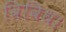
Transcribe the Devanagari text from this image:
विविध।